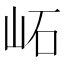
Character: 𡶌